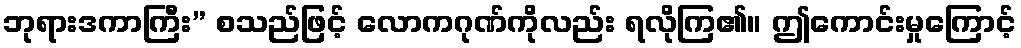
ဘုရားဒကာကြီး” စသည်ဖြင့် လောကဂုဏ်ကိုလည်း ရလိုကြ၏။ ဤကောင်းမှုကြောင့်